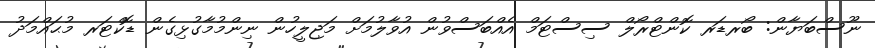
ނޫސްބަޔާން: ބޯރޑަރ ކޮންޓްރޯލް ސިސްޓަމް އެއްބަސްވުން އުވާލުމަށް މަޖިލީހުން ނިންމުމާގުޅިގެން ޑޮކްޓަރ މުޙައްމަދު